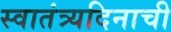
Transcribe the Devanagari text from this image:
स्वातंत्र्यदिनाची